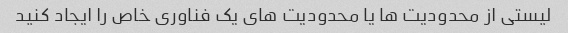
لیستی از محدودیت ها یا محدودیت های یک فناوری خاص را ایجاد کنید